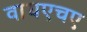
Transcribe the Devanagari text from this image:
वायएचए